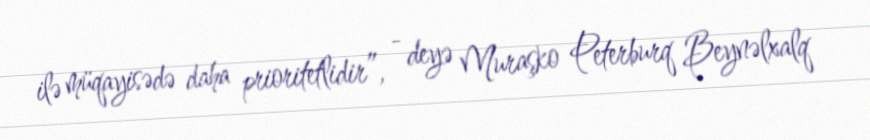
ilə müqayisədə daha prioritetlidir”, - deyə Muraşko Peterburq Beynəlxalq